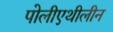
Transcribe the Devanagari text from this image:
पोलीएथीलीन